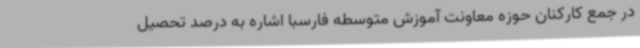
در جمع کارکنان حوزه معاونت آموزش متوسطه فارسبا اشاره به درصد تحصیل